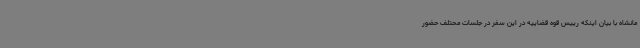
مانشاه با بیان اینکه رییس قوه قضاییه در این سفر در جلسات محتلف حضور